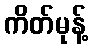
ကိတ်မုန့်